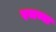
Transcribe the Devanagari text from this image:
रमय्या